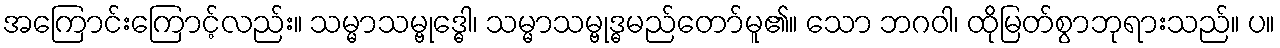
အကြောင်းကြောင့်လည်း။ သမ္မာသမ္ဗုဒ္ဓေါ၊ သမ္မာသမ္ဗုဒ္ဓမည်တော်မူ၏။ သော ဘဂဝါ၊ ထိုမြတ်စွာဘုရားသည်။ ပ။